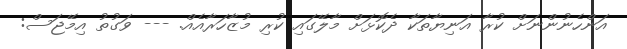
އަންހެނުންނަށް ކުރާ އަނިޔާތަކާ ދެކޮޅަށް މާލޭގައި ކުރި މުޒާހަރާއެއް. --- ވަގުތު އިމޭޖަސް: